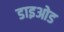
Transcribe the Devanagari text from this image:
डाइओड